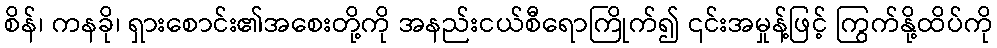
စိန်၊ ကနခို၊ ရှားစောင်း၏အစေးတို့ကို အနည်းငယ်စီရောကြိုက်၍ ၎င်းအမှုန့်ဖြင့် ကြွက်နို့ထိပ်ကို